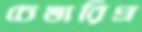
চেঙারিপ্র